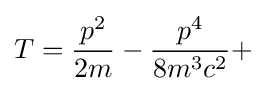
T={\frac {p^{2}}{2m}}-{\frac {p^{4}}{8m^{3}c^{2}}}+